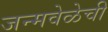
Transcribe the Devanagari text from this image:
जन्मवेळेची